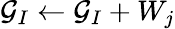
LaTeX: \mathcal{G}_{I}\leftarrow\mathcal{G}_{I}+W_{j}